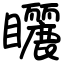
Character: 矖